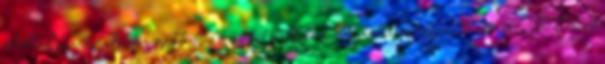
blokkol paraméterként megadható a time-out milliszekundumokban pollozás a receiveNoWait